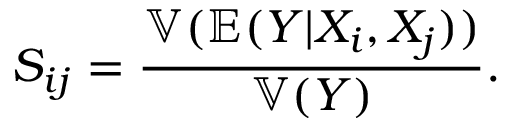
S _ { i j } = \frac { \mathbb { V } ( \mathbb { E } ( Y | X _ { i } , X _ { j } ) ) } { \mathbb { V } ( Y ) } .